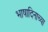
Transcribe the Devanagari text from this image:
भाषादिनाच्या